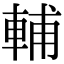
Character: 輔